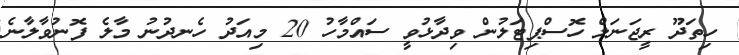
ހިތަދޫ ރީޖަނަލް ހޮސްޕިޓަލުން ވިދާޅުވީ ސައްމާހު 20 މިއަދު ހެނދުނު މާލެ ފޮނުވާލާނެ